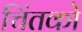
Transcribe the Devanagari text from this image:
चिंतको